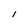
Character: l